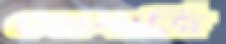
বোনার্জি